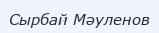
Сырбай Мәуленов